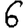
Digit: 6